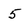
Character: 5